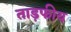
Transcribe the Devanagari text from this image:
ताड़फीय